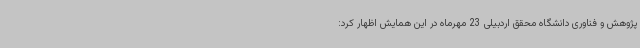
پژوهش و فناوری دانشگاه محقق اردبیلی 23 مهرماه در این همایش اظهار کرد: